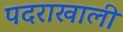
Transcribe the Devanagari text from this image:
पदराखाली